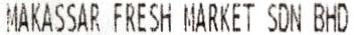
MAKASSAR FRESH MARKET SDN BHD